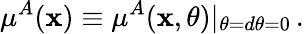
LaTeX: \mu^{A}(\mathbf{x})\equiv\mu^{A}(\mathbf{x},\theta)|_{\theta=d\theta=0}\, .